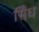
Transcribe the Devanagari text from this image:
सिँध